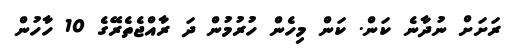
ރަށަށް ނުދާނެ ކަން. ކަން މިހެން ހުރުމުން ދަ ރާއްޖެތެރޭގެ 10 ހާހުން